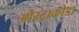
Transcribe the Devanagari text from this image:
औस्ट्राकोडा